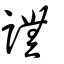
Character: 譕